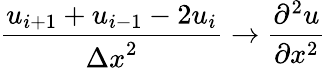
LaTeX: {\frac{u_{i+1}+u_{i-1}-2u_{i}}{{\Delta x}^{2}}}\to{\frac{\partial^{2}u}{\partial x^{2}}}